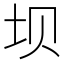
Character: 坝